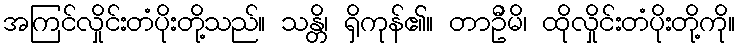
အကြင်လှိုင်းတံပိုးတို့သည်။ သန္တိ၊ ရှိကုန်၏။ တာဦမိ၊ ထိုလှိုင်းတံပိုးတို့ကို။